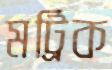
মট্রিক